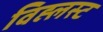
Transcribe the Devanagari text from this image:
विह्लस्ट